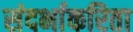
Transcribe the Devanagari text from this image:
संदर्भाकरिता